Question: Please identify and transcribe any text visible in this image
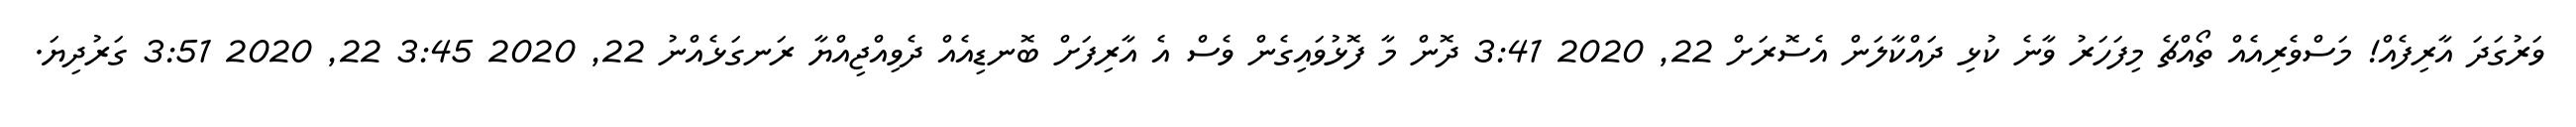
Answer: ވަރުގަދަ އާރިފެއް! މަސްވެރިއެއް ތޯއްޗެ މިފަހަރު ވާނެ ކުޅި ދައްކާލަން އެސޮރަށް 22, 2020 3:41 ދޮން މާ ފޮޅުވައިގެން ވެސް އެ އާރިފަށް ބޮނޑިއެއް ދެވިއްޖިއްޔާ ރަނގަޅެއްނު 22, 2020 3:45 22, 2020 3:51 ގަރުދިޔަ.